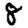
Digit: 8